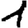
Digit: 1